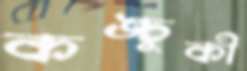
কঙ্চুকী